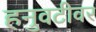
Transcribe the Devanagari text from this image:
हनुवटीवर